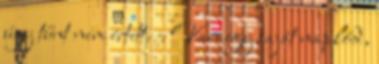
úgy tűnt nem értett. - Van egy saját naplód,